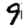
Digit: 9